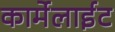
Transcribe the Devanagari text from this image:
कार्मेलाईट